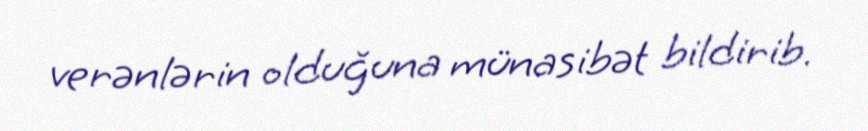
verənlərin olduğuna münasibət bildirib.